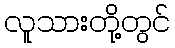
လူသားတို့တွင်